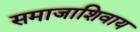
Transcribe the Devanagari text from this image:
समाजाशिवाय